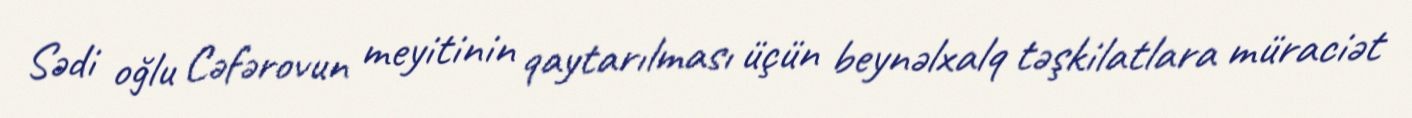
Sədi oğlu Cəfərovun meyitinin qaytarılması üçün beynəlxalq təşkilatlara müraciət